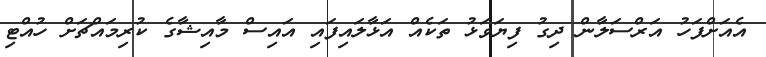
އެއަށްފަހު އަރްސަލާން ދިގު ފިޔަވަޅު ތަކެއް އަޅާލައިފައި އައިސް މާއިޝާގެ ކުރިމައްޗަށް ހުއްޓި